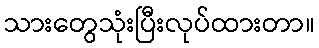
သားတွေသုံးပြီးလုပ်ထားတာ။